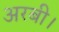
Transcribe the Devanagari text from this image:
अरबी।